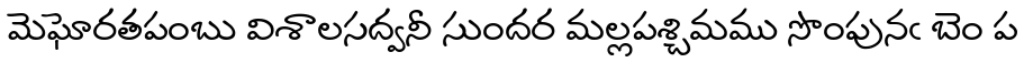
మెఘోరతపంబు విశాలసద్వనీ సుందర మల్లపశ్చిమము సొంపునఁ బెం ప